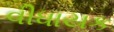
વીધાયક